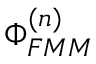
\Phi _ { F M M } ^ { ( n ) }